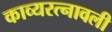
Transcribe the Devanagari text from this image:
काव्यरत्‍नावली